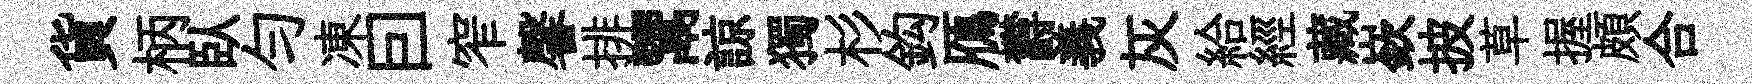
貨柄臥匀凍囙窄馨排鬻諒獨杉鈎鴈欝義灰給經藏嶔披草握頗合